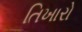
તિખારો